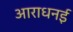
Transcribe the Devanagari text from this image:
आराधनई